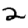
Digit: 2